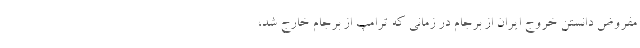
مفروض دانستن خروج ایران از برجام در زمانی که ترامپ از برجام خارج شد،